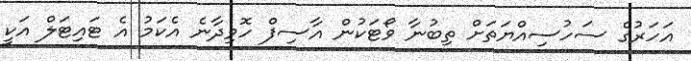
އަހަރުގެ ސަހުސިއްޔަތަށް ތިބުނާ ވޯޓަކުން އާސިފް ހޮވިދާނެ އެކަމު އެ ޓައިޓަލް އަކީ